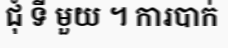
ជុំ ទី មួយ ។ ការបាក់